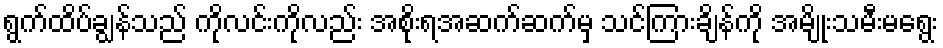
ရွက်ထိပ်ချွန်သည် ကိုလင်းကိုလည်း အစိုးရအဆက်ဆက်မှ သင်ကြားချိန်ကို အမျိုးသမီးမရွေး